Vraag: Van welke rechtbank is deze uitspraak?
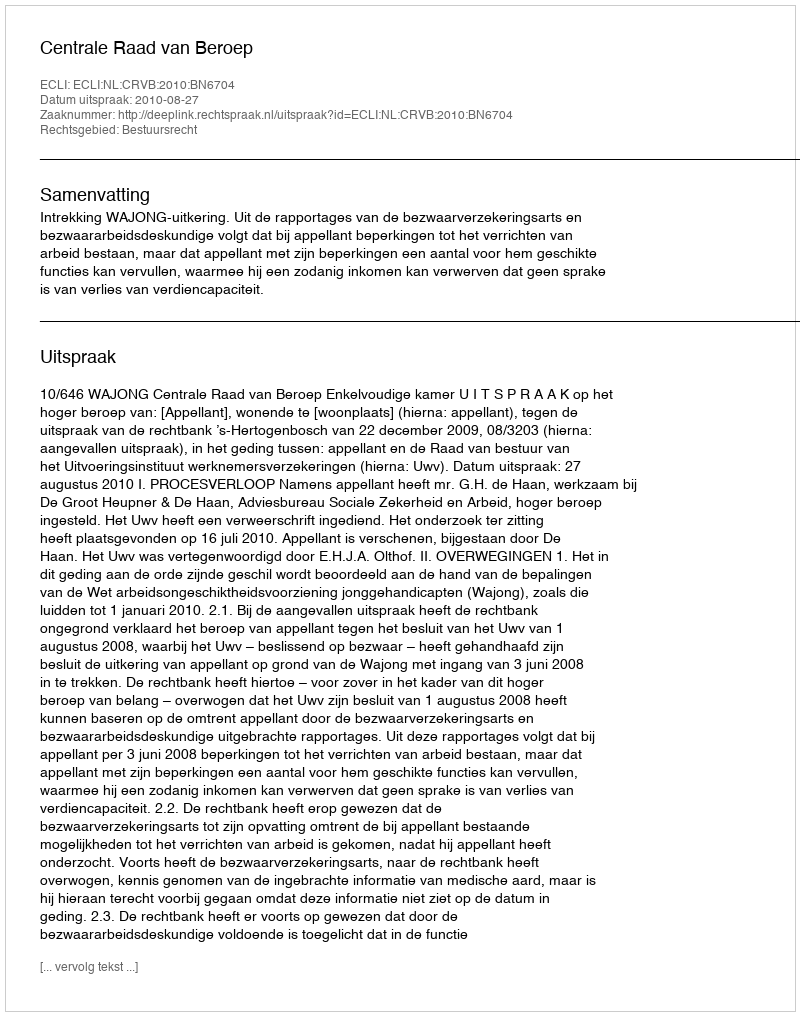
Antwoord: Centrale Raad van Beroep